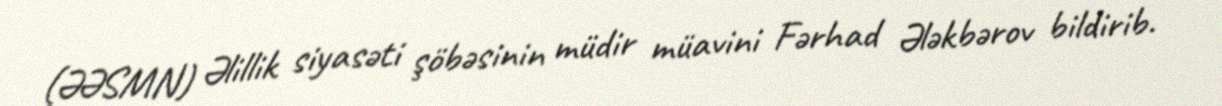
(ƏƏSMN) Əlillik siyasəti şöbəsinin müdir müavini Fərhad Ələkbərov bildirib.